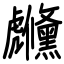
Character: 虪